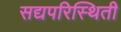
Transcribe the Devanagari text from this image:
सद्यपरिस्थिती